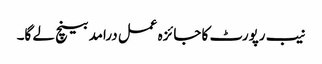
نیب رپورٹ کا جائزہ عمل درامد بینچ لے گا۔